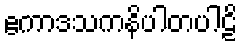
ဧကာဒသကနိပါတပါဠိ